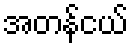
အတန်ငယ်